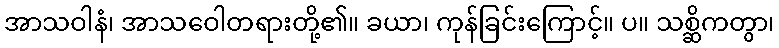
အာသဝါနံ၊ အာသဝေါတရားတို့၏။ ခယာ၊ ကုန်ခြင်းကြောင့်။ ပ။ သစ္ဆိကတွာ၊